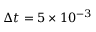
\Delta t = 5 \times 1 0 ^ { - 3 }